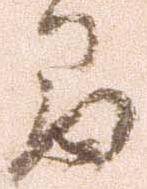
間